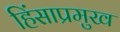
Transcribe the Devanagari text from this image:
हिंसाप्रमुख